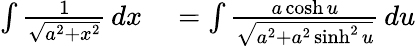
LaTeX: \begin{array}{rl}{\int{\frac{1}{\sqrt{a^{2}+x^{2}}}}\, dx}&{{}=\int{\frac{a\cosh u}{\sqrt{a^{2}+a^{2}\sinh^{2}u}}}\, du}\end{array}